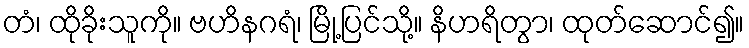
တံ၊ ထိုခိုးသူကို။ ဗဟိနဂရံ၊ မြို့ပြင်သို့။ နိဟရိတွာ၊ ထုတ်ဆောင်၍။